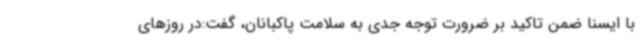
با ایسنا ضمن تاکید بر ضرورت توجه جدی به سلامت پاکبانان، گفت:در روزهای